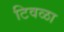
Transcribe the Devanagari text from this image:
टिवळा